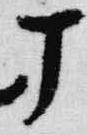
丁